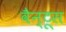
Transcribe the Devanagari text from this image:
वैन्टूस